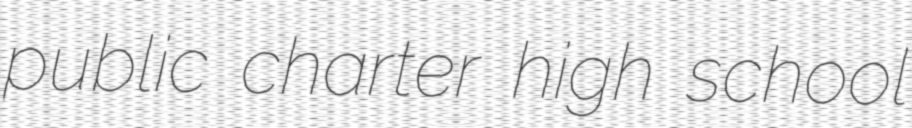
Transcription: public charter high school